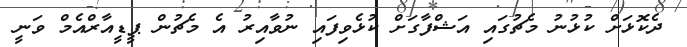
ދެކޮޅަށް ކުޅުނު މެޗުގައި އަޝްފާގަށް ކުޅެވިފައި ނުވާއިރު އެ މެޗުން ޕީޑީއާރްއެމް ވަނީ